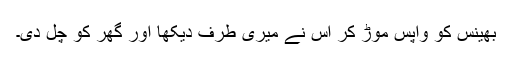
بھینس کو واپس موڑ کر اس نے میری طرف دیکھا اور گھر کو چل دی۔